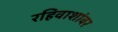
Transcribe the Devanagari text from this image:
रहिवाशांवर